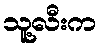
သူ့လီးက